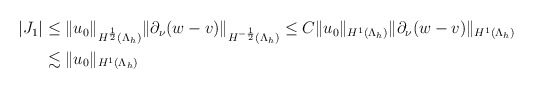
\begin{align*} \begin{aligned} \vert J_1 \vert&\leq \|u_{0}\|_{H^{\frac{1}{2}}(\Lambda_{h})} \|\partial_{\nu}(w-v)\|_{H^{-\frac{1}{2}}(\Lambda_{h})} \leq C\|u_{0}\|_{H^{1}(\Lambda_{h})} \|\partial_{\nu}(w-v)\|_{H^{1}(\Lambda_{h})}\\ &\lesssim \|u_{0}\|_{H^{1}(\Lambda_{h})} \end{aligned} \end{align*}